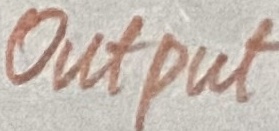
Text: OUTPUT